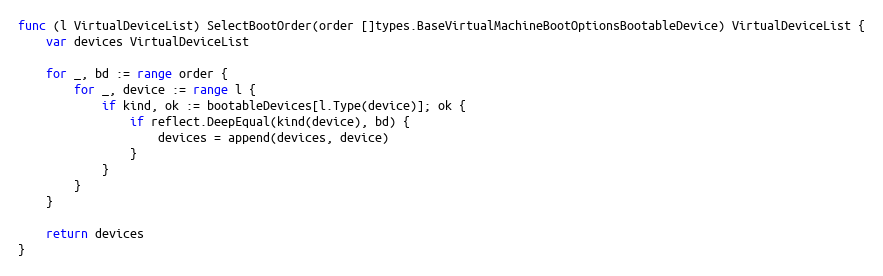
Language: Go
func (l VirtualDeviceList) SelectBootOrder(order []types.BaseVirtualMachineBootOptionsBootableDevice) VirtualDeviceList {
	var devices VirtualDeviceList

	for _, bd := range order {
		for _, device := range l {
			if kind, ok := bootableDevices[l.Type(device)]; ok {
				if reflect.DeepEqual(kind(device), bd) {
					devices = append(devices, device)
				}
			}
		}
	}

	return devices
}